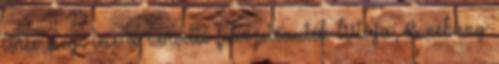
törte meg. Íme a Corvette felvezetőautók listája, és néhány